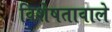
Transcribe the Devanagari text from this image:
विशेषतावाले